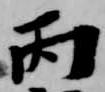
丙